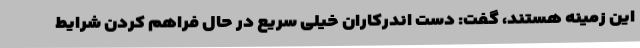
این زمینه هستند، گفت: دست اندرکاران خیلی سریع در حال فراهم کردن شرایط